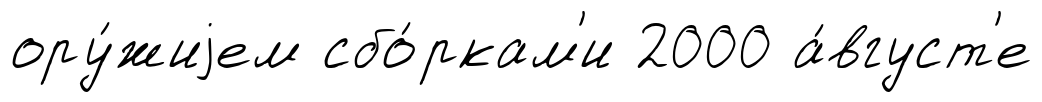
ору́жиjем сбо́ркам'и 2000 а́вгуст'е